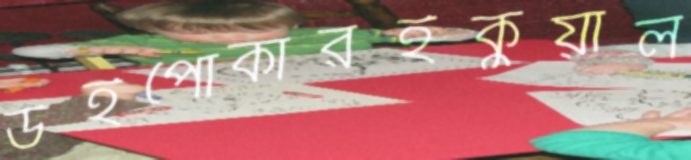
উইপোকারইকুয়াল